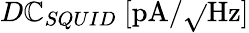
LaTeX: D\mathbb{C}_{SQUID}\ [\mathrm{{pA}}/\sqrt{}{{\mathrm{{Hz}}}}]